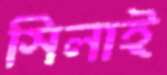
সিলাই